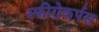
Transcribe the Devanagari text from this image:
स्फीरोकर्पस